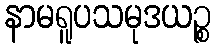
နာမရူပသမုဒယဉ္စ